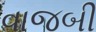
વાજબી